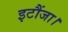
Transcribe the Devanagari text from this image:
इटौंजा।